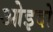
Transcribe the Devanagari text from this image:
ओइदो